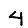
Digit: 4